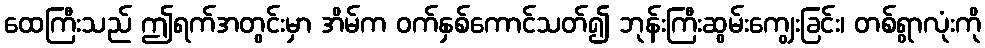
ထေကြီးသည် ဤရက်အတွင်းမှာ အိမ်က ဝက်နှစ်ကောင်သတ်၍ ဘုန်းကြီးဆွမ်းကျွေးခြင်း၊ တစ်ရွာလုံးကို